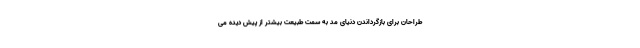
طراحان برای بازگرداندن دنیای مد به سمت طبیعت بیشتر از پیش دیده می